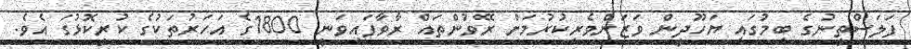
ފަލަސްތީނުގެ ބިމުގައި ޔަހޫދީން ވަޒަންވެރިކުރުމަށް ރޭވުންތައް ރާވާފައިވަނީ 1800ގެ އަހަރުތަކުގެ ކުރީކޮޅުގަ އެވެ.